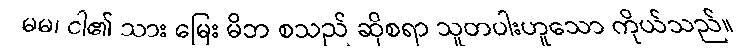
မမ၊ ငါ၏ သား မြေး မိဘ စသည် ဆိုစရာ သူတပါးဟူသော ကိုယ်သည်။